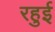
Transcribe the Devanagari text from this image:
रहुई